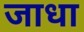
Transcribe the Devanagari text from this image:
जाधा